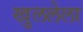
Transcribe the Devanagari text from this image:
खुललेला